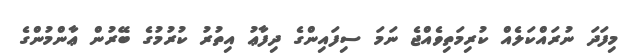
މިފަދަ ނުރައްކަލެއް ކުރިމަތިވެއްޖެ ނަމަ ސިފައިންގެ ދިފާޢު އިތުރު ކުރުމުގެ ބޭރުން ޢާންމުންގެ